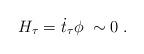
LaTeX: \begin{align*} H_\tau = \dot{t}_\tau \phi\; \sim 0\;.\end{align*}